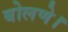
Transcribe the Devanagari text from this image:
बोलणे।